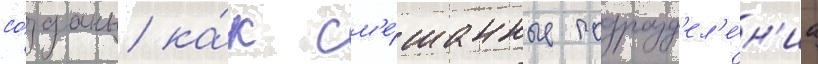
со́зданы ка́к см'е́шанные подразд'ел'е́н'иа